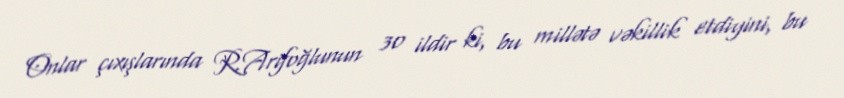
Onlar çıxışlarında R.Arifoğlunun 30 ildir ki, bu millətə vəkillik etdiyini, bu